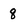
Character: 8